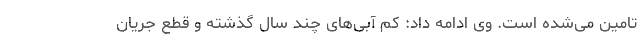
تامین می‌شده است. وی ادامه داد: کم آبی‌های چند سال گذشته و قطع جریان